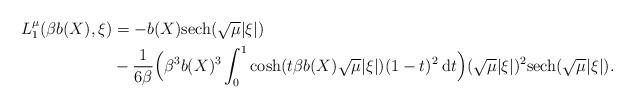
LaTeX: \begin{align*} L_1^{\mu}(\beta b(X),\xi) & = - b(X)\mathrm{sech}(\sqrt{\mu}|\xi|) \\ & - \frac{1}{6\beta} \Big(\beta^3 b(X)^3 \int_0^1 \cosh(t\beta b(X) \sqrt{\mu}|\xi|) (1-t)^2 \: \mathrm{d}t\Big) (\sqrt{\mu}|\xi|)^2\mathrm{sech}(\sqrt{\mu}|\xi|). \end{align*}